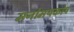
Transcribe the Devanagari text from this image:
मनोमयकोष